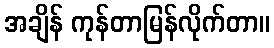
အချိန် ကုန်တာမြန်လိုက်တာ။